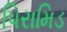
પિરામિડ